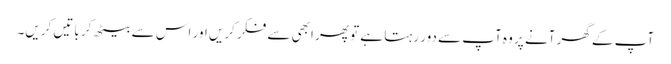
آپ کے گھر آنے پر وہ آپ سے دور رہتا ہے تو پھر ابھی سے فکر کریں اور اس سے بیٹھ کر باتیں کریں۔